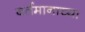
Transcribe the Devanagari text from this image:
वर्तमानाच्या